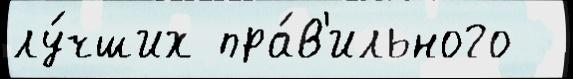
лу́чших пра́в'ильного